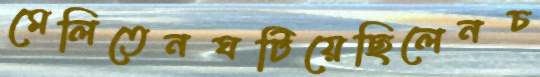
মেলিতেনঘটিয়েছিলেনচ